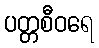
ပတ္တစီဝရေ